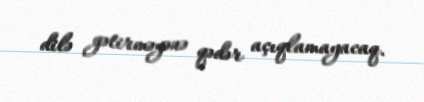
dilə gətirməyənə qədər açıqlamayacaq.